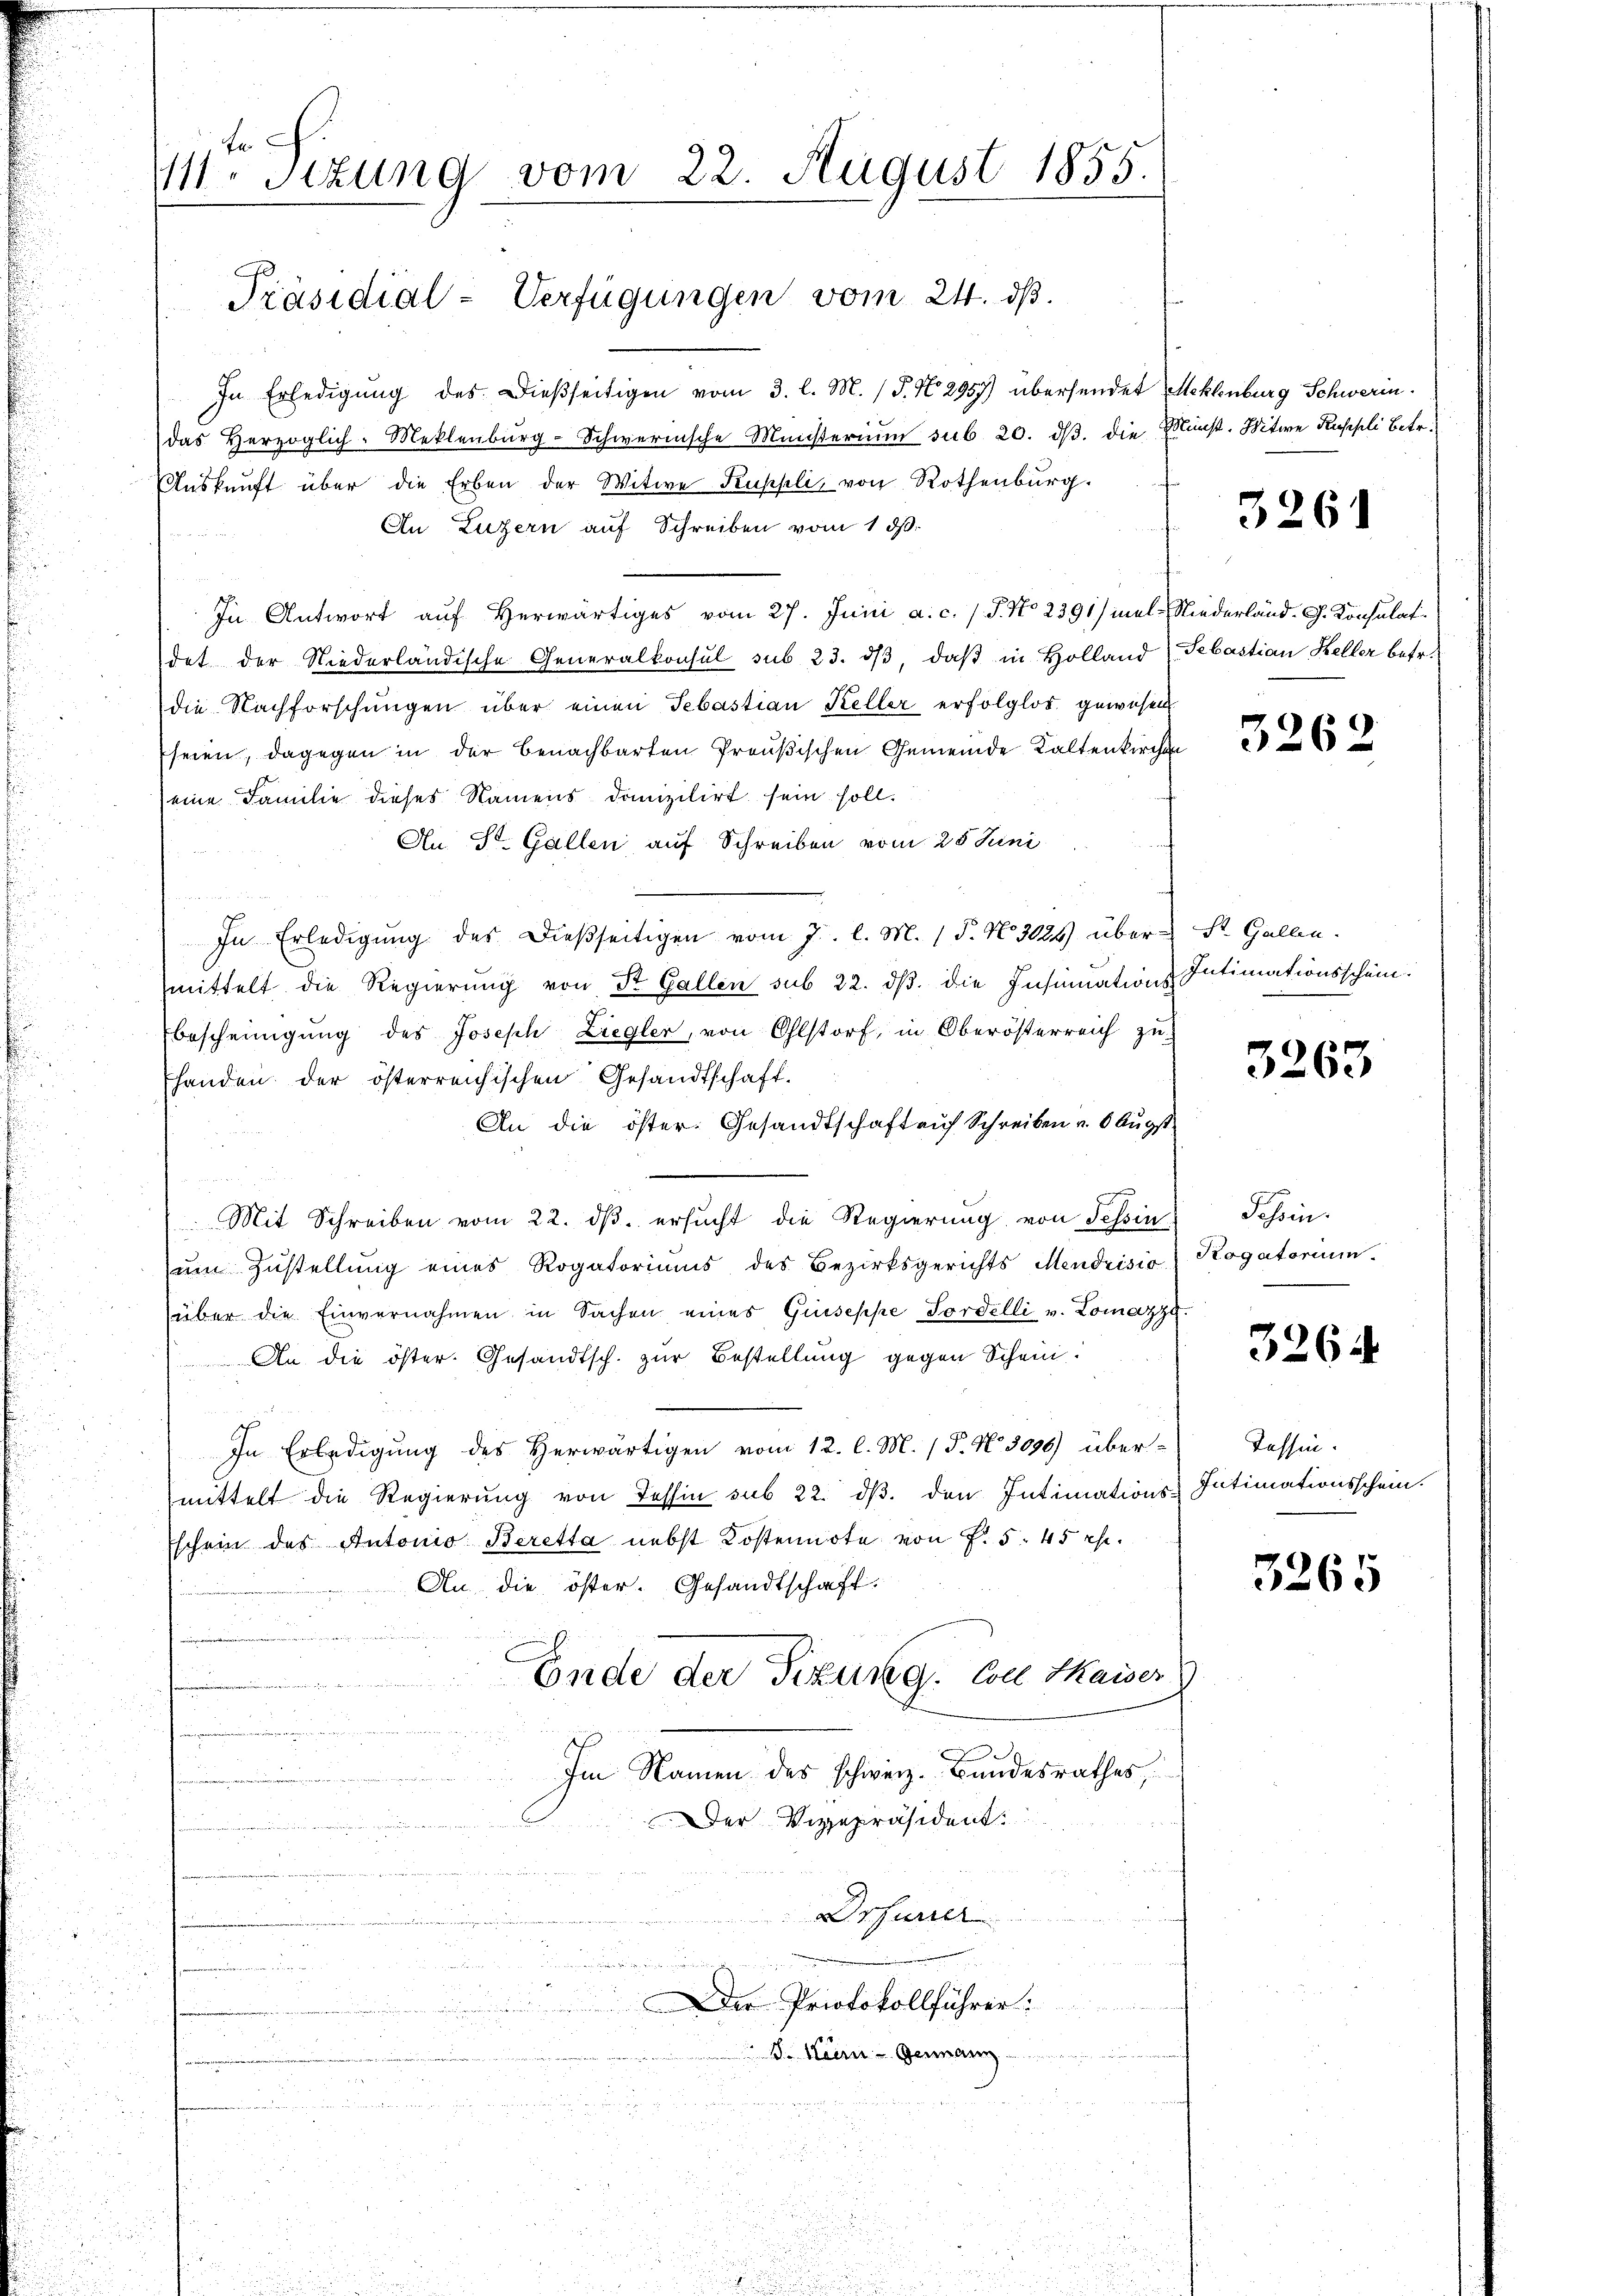
t
1111. Sizung vom

Präsidial-Verfügungen vom 24. ds.

22. August 1855.

In Erledigŭng des dießseitigen vom 3. l. M. (T. No. 2957) übersendet Mehlenburg Schwerin.
das Herzoglich-Meklenburg-Schwernische Münsterium sub 20. dβ. die Munst. Mitwe Russli betr.
Auskunft über die Erben der Witwe Kuppli, von Rothenburg.
An Luzern auf Schreiben vom 1 d.
In Antwort auf Herwärtiges vom 27. Juni a. c. / P. No 2391) mel-Niederland. G. Konsulat
det der Niederländische Generalkonsul sub 23. dβ, daβ in Holland Sebastian Keller betr.
die Nachforschŭngen über einen Sebastian Keller erfolglos gewesen
Eheren, dagegen in der benachbarten Preußischen Gemeinde Kaltenkirchen
eine Familie dieses Namens domizilirt sein soll.
h
An St. Gallen auf Schreiben vom 25 Juni
In Erledigŭng des dießseitigen vom 7. l. M. (T. N. 3024) über St. Gallen.
mittelt die Regierung von St. Gallen sub 22. dβ. die Insinuations Intimationsschein.
bescheinigung des Joseph Liegler, von Ohlstorf, in Oberösterreich zu-
handen der österreichischen Gesandtschaft.
An die öster: Gesandtschaft auf Schreiben u. 6 Augst¬
u
Mit Schreiben vom 22. ds. ersucht die Regierung von Tessin
um Zustellung eines Rogatoriums des Bezirksgerichts Mendrisio) Rogatorium
über die Einvernahmen in Sachen eines Guseppe Fordelli v. Lomazzy.
An die öster. Gesandtsch. zur Bestellung gegen Schein.
In Erledigung des Herwärtigen vom 12. l. M. P. Nr. 3096) über-
mittelt die Regierung von Tessin sub 22. ds. den Intimations Intimationsschein.
schein des Antonio Beretta nebst Kostennote von P. 5. 45 c.
An die öster. Gesandtschaft.
Ende der Tizung. Con Maiser
Im Namen des schweiz. Bundesrathes,
Der Vizepräsident
Drfurier
n
d
Der Protokollführer:
S. Kern - Germann

3261

3262

3263

Tessin.

3265

Tessin.

3265